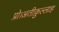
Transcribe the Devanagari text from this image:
प्रो।अतीक़ुल्लाह